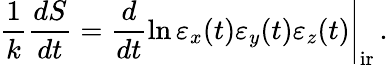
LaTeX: \left.\frac{1}{k}\frac{dS}{dt}=\frac{d}{dt}\ln\varepsilon_{x}(t)\varepsilon_{y}(t)\varepsilon_{z}(t)\right|_{\mathrm{ir}}\, .